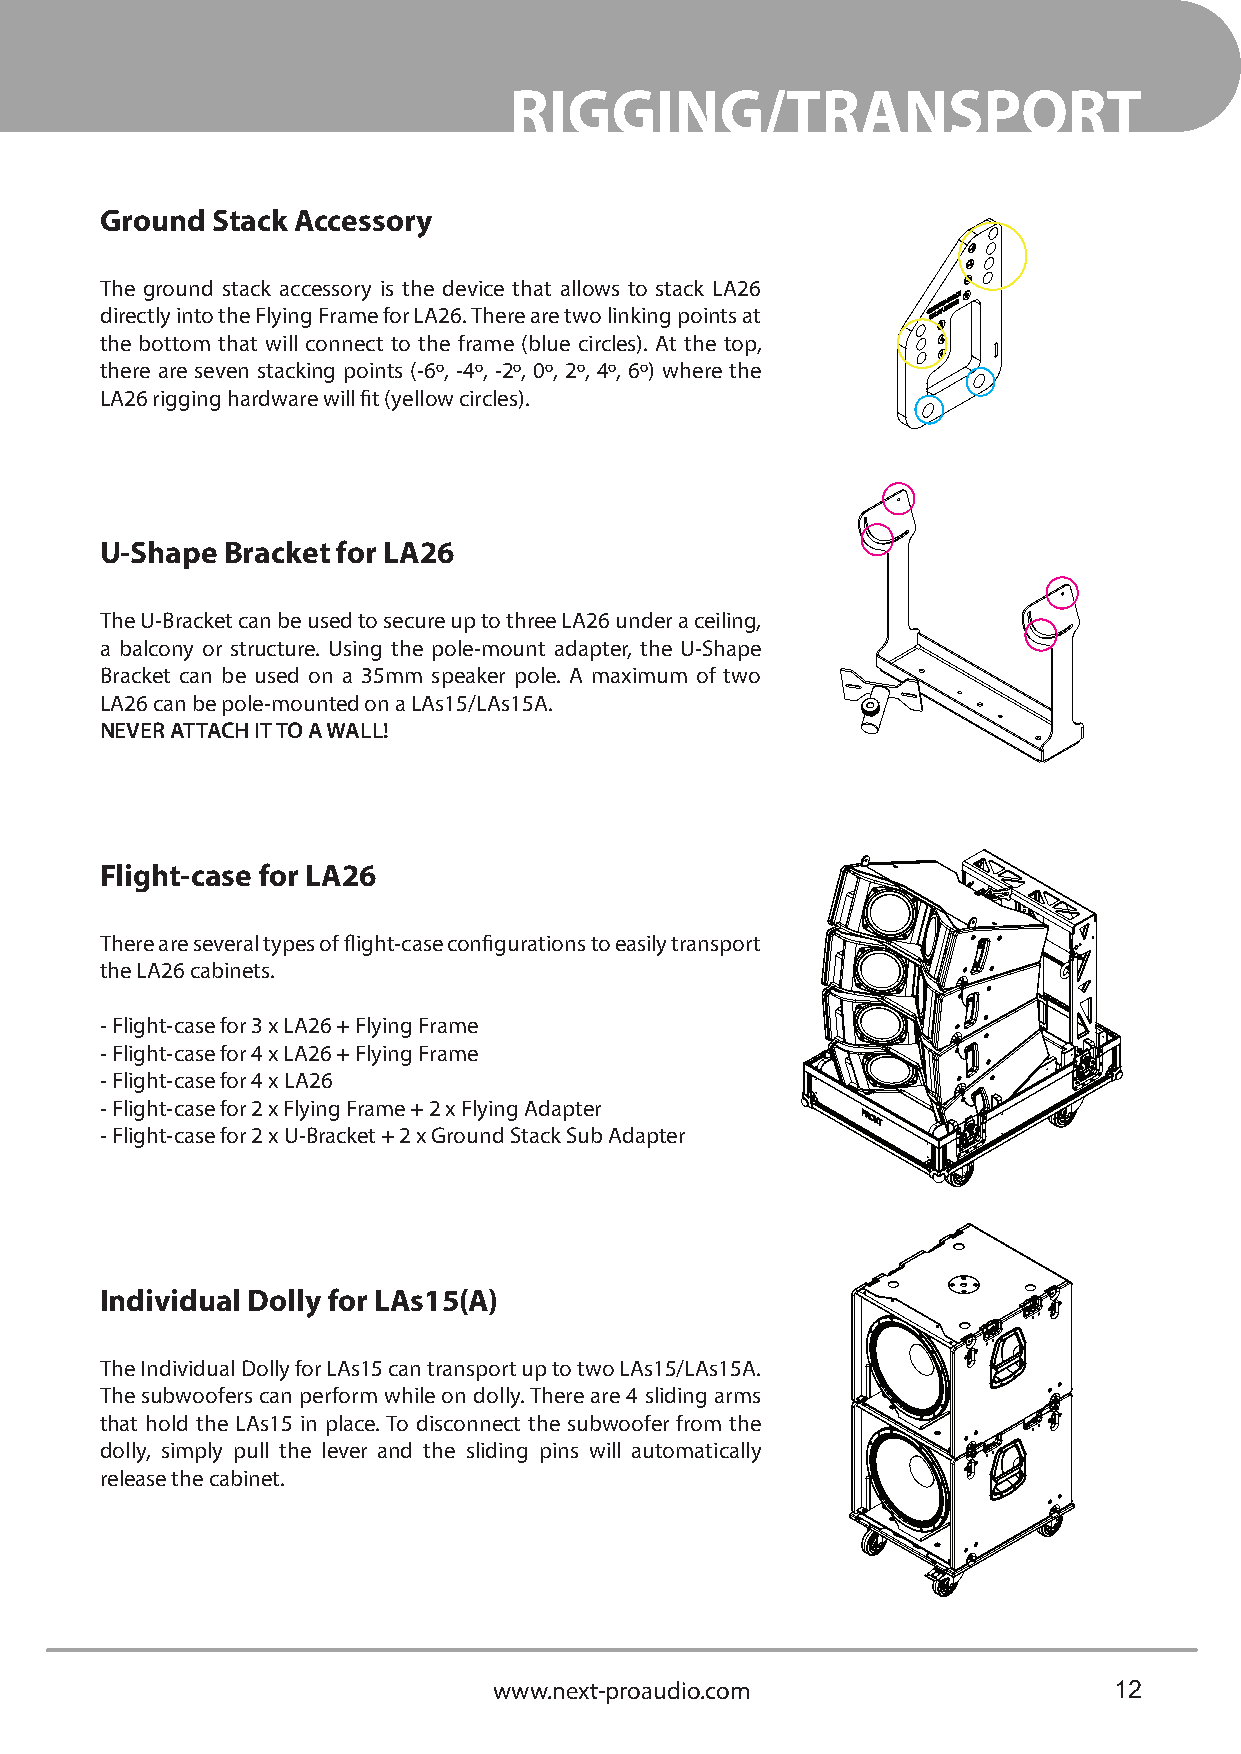
RIGGING/TRANSPORT
 Ground Stack Accessory
 The ground stack accessory is the device that allows to stack LA26
 directly into the Flying Frame for LA26. There are two linking points at
 the bottom that will connect to the frame (blue circles). At the top,
 there are seven stacking points (-6º, -4º, -2º, 0º, 2º, 4º, 6º) where the
 LA26 rigging hardware will fit (yellow circles).
 U-Shape Bracket for LA26
 The U-Bracket can be used to secure up to three LA26 under a ceiling,
 a balcony or structure. Using the pole-mount adapter, the U-Shape
 Bracket can be used on a 35mm speaker pole. A maximum of two
 LA26 can be pole-mounted on a LAs15/LAs15A.
 NEVER ATTACH IT TO A WALL!
 Flight-case for LA26
 There are several types of flight-case configurations to easily transport
 the LA26 cabinets.
 - Flight-case for 3 x LA26 + Flying Frame
 - Flight-case for 4 x LA26 + Flying Frame
 - Flight-case for 4 x LA26
 - Flight-case for 2 x Flying Frame + 2 x Flying Adapter
 - Flight-case for 2 x U-Bracket + 2 x Ground Stack Sub Adapter
 Individual Dolly for LAs15(A)
 The Individual Dolly for LAs15 can transport up to two LAs15/LAs15A.
 The subwoofers can perform while on dolly. There are 4 sliding arms
 that hold the LAs15 in place. To disconnect the subwoofer from the
 dolly, simply pull the lever and the sliding pins will automatically
 release the cabinet.
 www.next-proaudio.com                    12